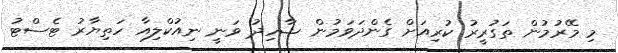
މި މޭރުމުން ތަގުރީރު ކުރިއަށް ގެންދަވަމުން ޝާހިދު ވަނީ ނިއުކްލިއާ ހަތިޔާރު ޓެސްޓު